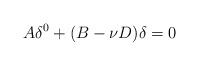
LaTeX: \begin{align*}A\delta^{0}+(B-\nu D) \delta=0\end{align*}